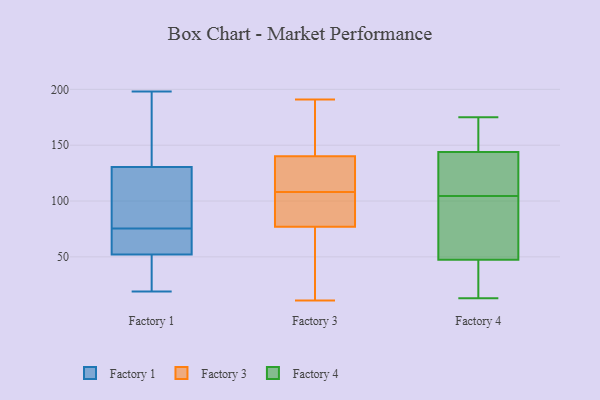
{"axis": {"x": "Page Views", "y": "Value"}, "legend": ["Factory 1", "Factory 3", "Factory 4"], "data": [{"x": "", "y": 59, "type": "Factory 1"}, {"x": "", "y": 21, "type": "Factory 1"}, {"x": "", "y": 178, "type": "Factory 1"}, {"x": "", "y": 157, "type": "Factory 1"}, {"x": "", "y": 134, "type": "Factory 1"}, {"x": "", "y": 198, "type": "Factory 1"}, {"x": "", "y": 83, "type": "Factory 1"}, {"x": "", "y": 47, "type": "Factory 1"}, {"x": "", "y": 70, "type": "Factory 1"}, {"x": "", "y": 95, "type": "Factory 1"}, {"x": "", "y": 153, "type": "Factory 1"}, {"x": "", "y": 57, "type": "Factory 1"}, {"x": "", "y": 93, "type": "Factory 1"}, {"x": "", "y": 80, "type": "Factory 1"}, {"x": "", "y": 127, "type": "Factory 1"}, {"x": "", "y": 57, "type": "Factory 1"}, {"x": "", "y": 19, "type": "Factory 1"}, {"x": "", "y": 71, "type": "Factory 1"}, {"x": "", "y": 20, "type": "Factory 1"}, {"x": "", "y": 46, "type": "Factory 1"}, {"x": "", "y": 57, "type": "Factory 3"}, {"x": "", "y": 74, "type": "Factory 3"}, {"x": "", "y": 94, "type": "Factory 3"}, {"x": "", "y": 190, "type": "Factory 3"}, {"x": "", "y": 108, "type": "Factory 3"}, {"x": "", "y": 162, "type": "Factory 3"}, {"x": "", "y": 139, "type": "Factory 3"}, {"x": "", "y": 137, "type": "Factory 3"}, {"x": "", "y": 131, "type": "Factory 3"}, {"x": "", "y": 191, "type": "Factory 3"}, {"x": "", "y": 112, "type": "Factory 3"}, {"x": "", "y": 52, "type": "Factory 3"}, {"x": "", "y": 143, "type": "Factory 3"}, {"x": "", "y": 96, "type": "Factory 3"}, {"x": "", "y": 78, "type": "Factory 3"}, {"x": "", "y": 93, "type": "Factory 3"}, {"x": "", "y": 11, "type": "Factory 3"}, {"x": "", "y": 13, "type": "Factory 4"}, {"x": "", "y": 175, "type": "Factory 4"}, {"x": "", "y": 150, "type": "Factory 4"}, {"x": "", "y": 52, "type": "Factory 4"}, {"x": "", "y": 22, "type": "Factory 4"}, {"x": "", "y": 93, "type": "Factory 4"}, {"x": "", "y": 153, "type": "Factory 4"}, {"x": "", "y": 43, "type": "Factory 4"}, {"x": "", "y": 72, "type": "Factory 4"}, {"x": "", "y": 138, "type": "Factory 4"}, {"x": "", "y": 119, "type": "Factory 4"}, {"x": "", "y": 116, "type": "Factory 4"}]}